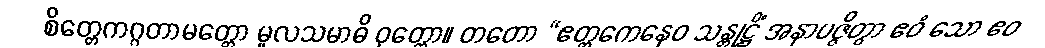
စိတ္တေကဂ္ဂတာမတ္တော မူလသမာဓိ ဝုတ္တော။ တတော “ဧတ္တကေနေဝ သန္တုဋ္ဌိံ အနာပဇ္ဇိတွာ ဧဝံ သော ဧဝ